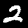
Digit: 2